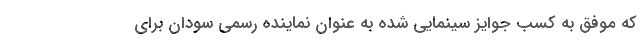
که موفق به کسب جوایز سینمایی شده به عنوان نماینده رسمی سودان برای